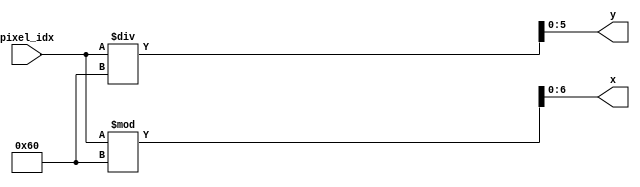
`timescale 1ns / 1ps
//////////////////////////////////////////////////////////////////////////////////
// Company: 
// Engineer: 
// 
// Design Name: 
// Module Name: convertXY
// Project Name: 
// Target Devices: 
// Tool Versions: 
// Description: 
// 
// Dependencies: 
// 
// Revision:
// Revision 0.01 - File Created
// Additional Comments:
// 
//////////////////////////////////////////////////////////////////////////////////


module convertXY(input [12:0] pixel_idx, output [6:0] x, output [5:0] y);

    assign x = pixel_idx%96;
    assign y = pixel_idx/96;
    
endmodule

module convertcoord(input xpos, input ypos, output [6:0] x_cursor, output [5:0] y_cursor);

    assign x_cursor = (xpos * 10) / 101; 
    assign y_cursor = ypos * 10 / 101;
    //assign x_cursor = xpos / 43;
    //assign y_cursor = ypos / 64;

endmodule